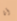
أنا